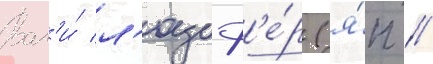
Вал'и́ л'юциф'е́р (я́п //